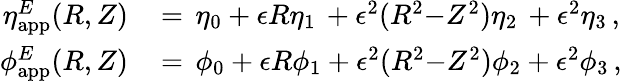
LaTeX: \begin{array}{rl}{\eta_{\mathrm{app}}^{E}(R,Z)\, }&{=\, \eta_{0}+\epsilon R\eta_{1}\, +\epsilon^{2}(R^{2}{-}Z^{2})\eta_{2}\, +\epsilon^{2}\eta_{3}\, ,}\\ {\phi_{\mathrm{app}}^{E}(R,Z)\, }&{=\, \phi_{0}+\epsilon R\phi_{1}+\epsilon^{2}(R^{2}{-}Z^{2})\phi_{2}+\epsilon^{2}\phi_{3}\, ,}\end{array}